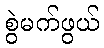
စွဲမက်ဖွယ်